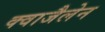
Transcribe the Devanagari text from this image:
क्वाजैलेन